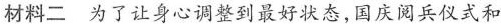
材料二 为了让身心调整到最好状态，国庆阅兵仪式和